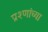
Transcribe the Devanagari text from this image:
प्रश्णांच्या